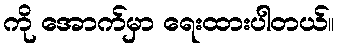
ကို အောက်မှာ ရေးထားပါတယ်။